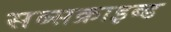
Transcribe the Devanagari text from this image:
सब्सक्राइब्ड